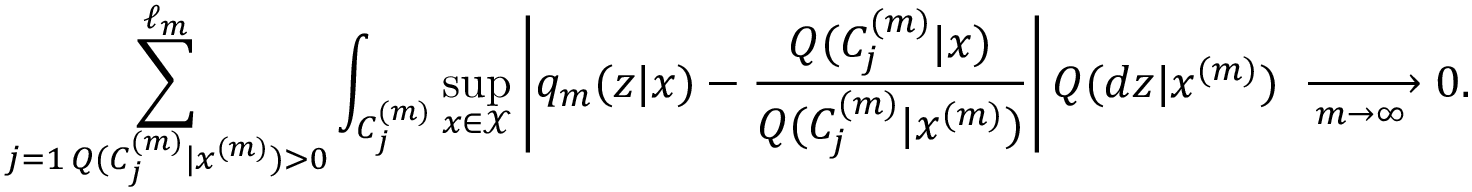
\sum _ { \substack { j = 1 \, Q ( C _ { j } ^ { ( m ) } | x ^ { ( m ) } ) > 0 } } ^ { \ell _ { m } } \int _ { C _ { j } ^ { ( m ) } } \operatorname* { s u p } _ { x \in \mathcal X } \left| q _ { m } ( z | x ) - \frac { Q ( C _ { j } ^ { ( m ) } | x ) } { Q ( C _ { j } ^ { ( m ) } | x ^ { ( m ) } ) } \right| Q ( d z | x ^ { ( m ) } ) \; \xrightarrow [ m \to \infty ] \; 0 .